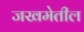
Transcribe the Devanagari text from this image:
जखमेतील